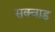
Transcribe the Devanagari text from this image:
सक्वाड